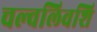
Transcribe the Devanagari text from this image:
चल्वलिवशि